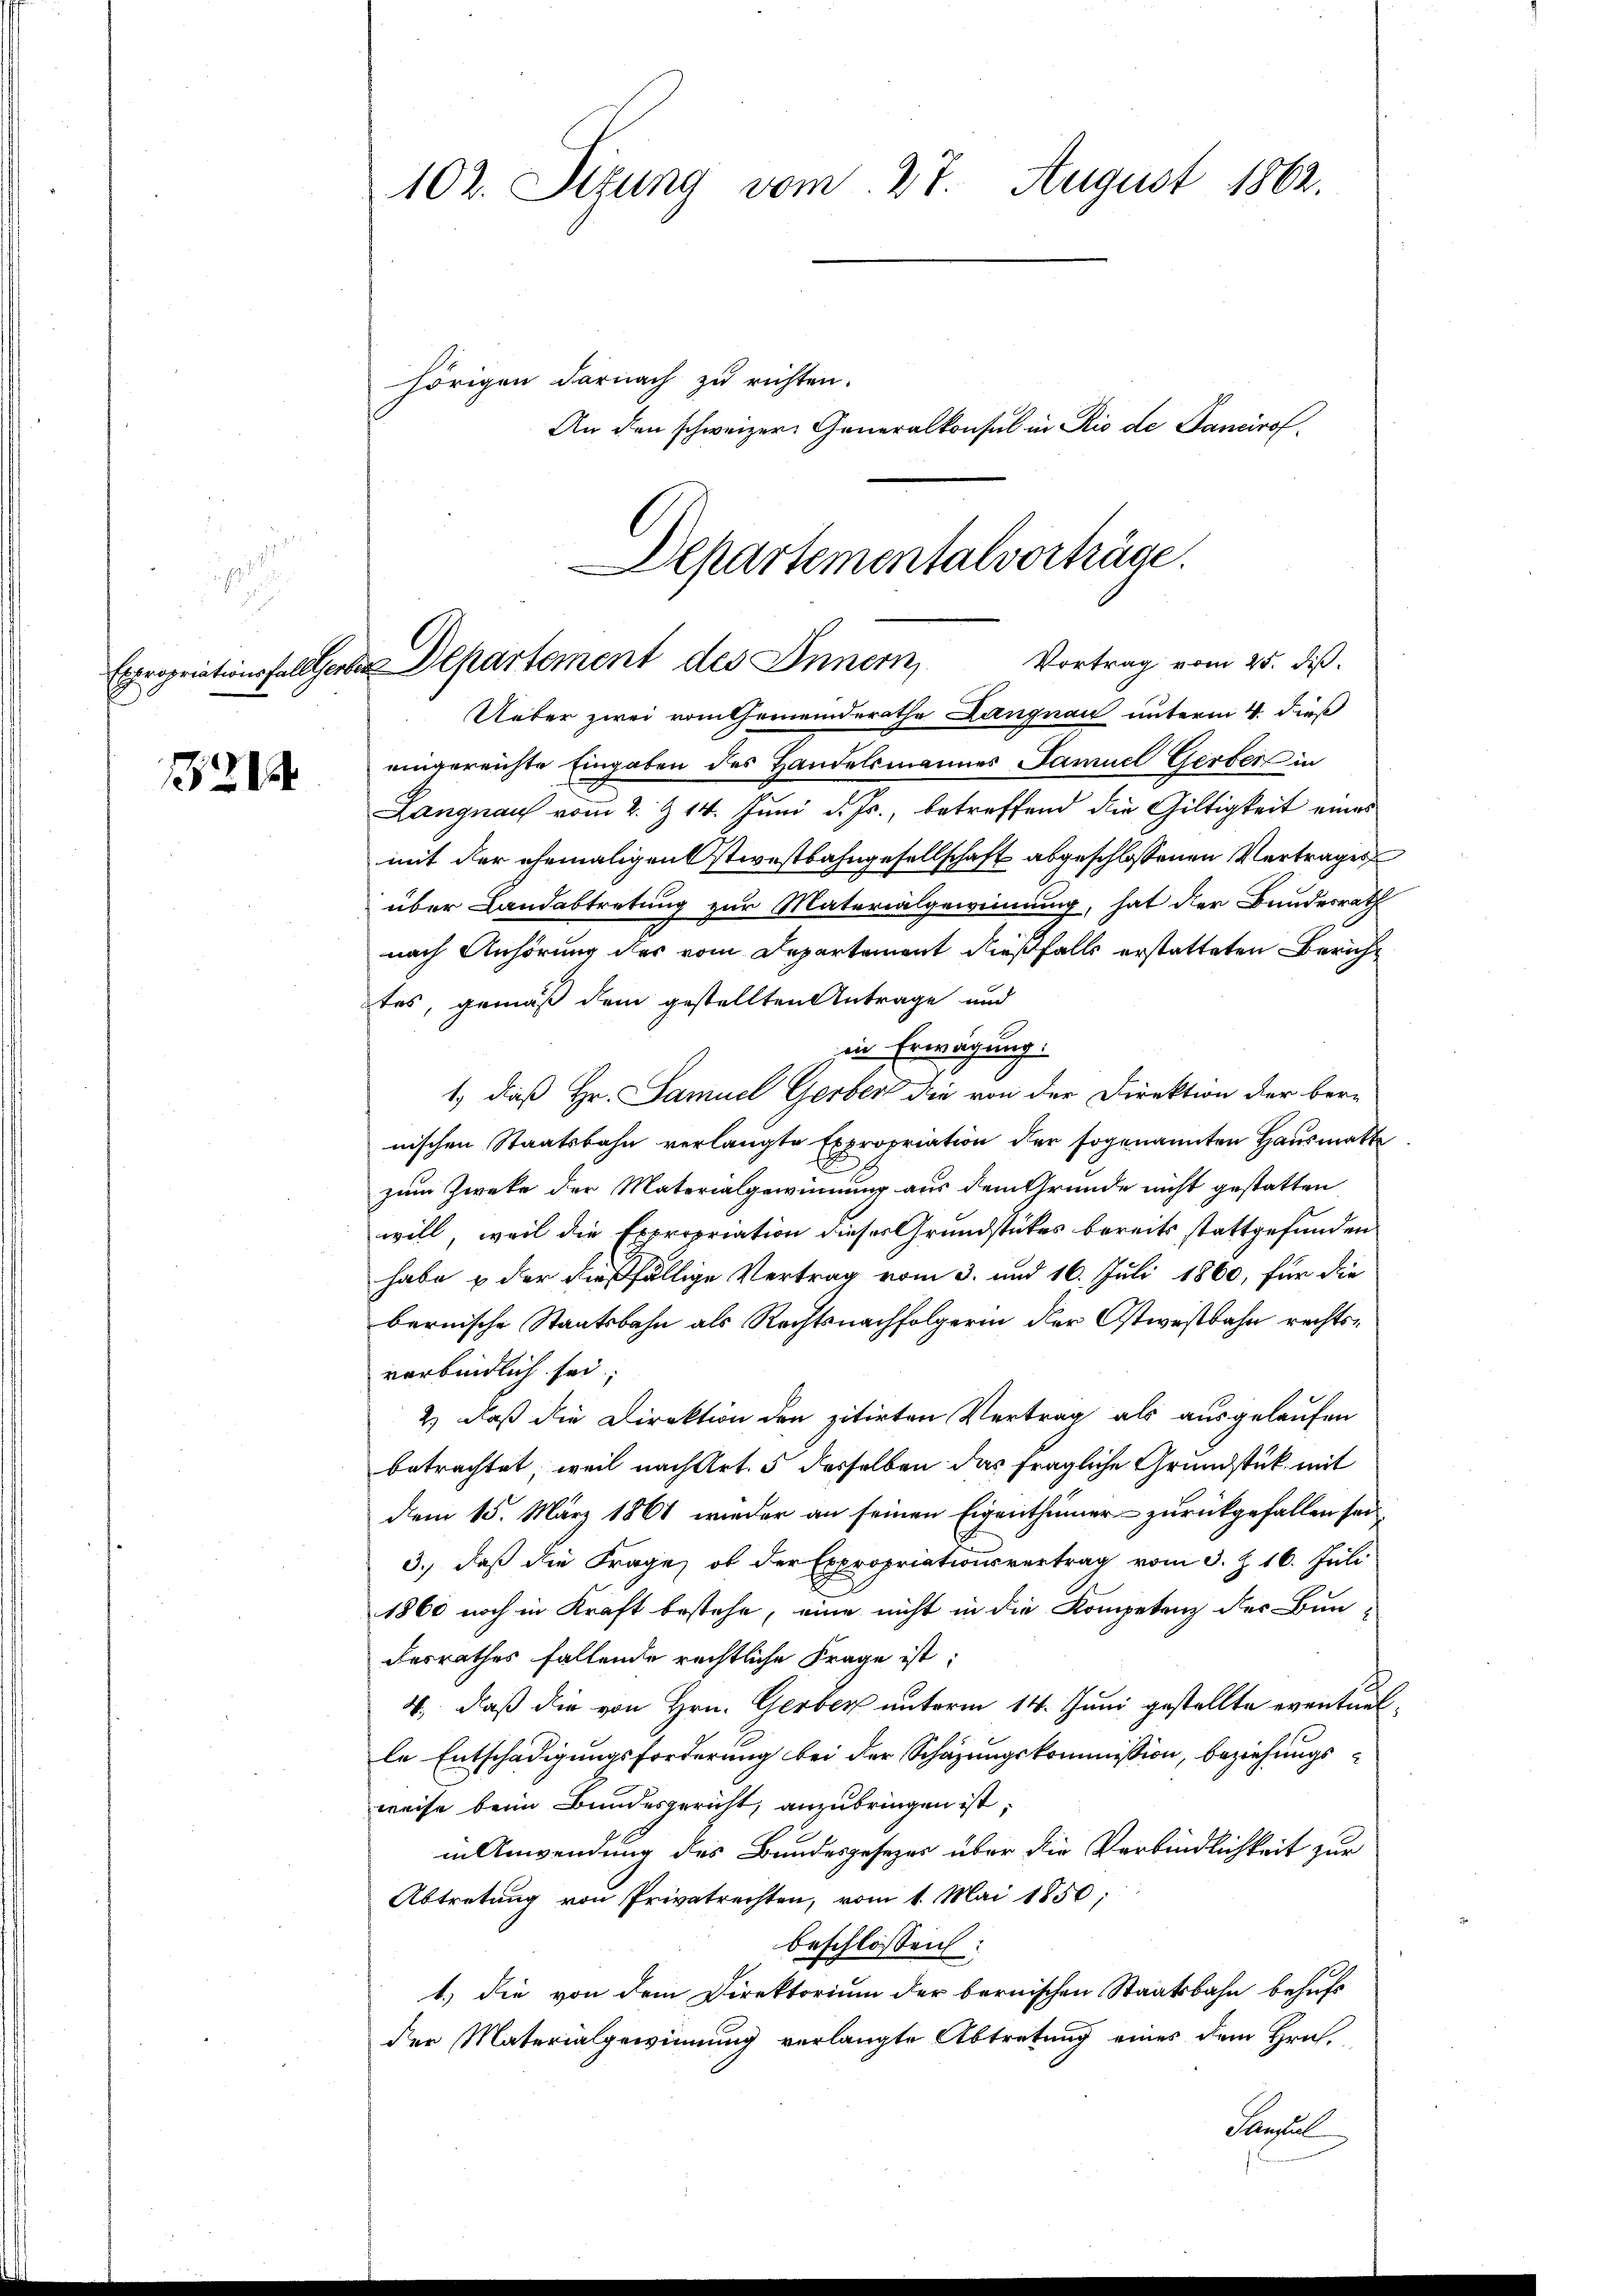
121

102. Situng vom 27. August 1862.

hörigen darnach zu richten.
An den schweizer Generalkonsul in Rio de Sancirof
Departementalverträge.

Vortrag vom 25. diβ.
Expropriationsfallerber Departement des Innern,

Ueber zwei vom Gemeinderathe Langnau unterm 4. dieß
eingereichte Eingaben des Handelsmannes Samuel Gerber in
Langnau vom 2. & 14. Juni d. Js., betreffend die Gültigkeit eines
mit der ehemaligen stiestbahngesellschaft abgeschlossenen Vertrages
über Landabtretung zur Materialgewinnung, hat der Bundesrath
nach Anhörung des vom Departement dießfalls erstatteten Bericht
tes, gemäß dem gestellten Antrage und
in Erwägung:
1.) daß Hr. Samuel Gerber die von der Direktion der bere
nischen Staatsbahn verlangte Expropriation der sogenannten Hausmatte
zum Zweke der Materialgewinnung aus dem Grunde nicht gestatten
will, weil die Expropriation dieses Grundstückes bereits stattgefunden
habe & der dießfällige Vertrag vom 3. und 16. Juli 1860, für die
bernische Staatsbahn als Rechtsnachfolgerin der Ostwestbahn rechtsverbindlich sei.
2) daß die Direktion den zitirten Vertrag als ausgelaufen
betrachtet, weil nach Art. 5 desselben das fragliche Grundstück mit
dem 15. März 1861 wieder an seinen Eigenthümer zurückgefallen sei,
3.) daß die Frage, ob der Expropriationsvertrag vom 3. Z. 16. Juli
1860 noch in Kraft bestehe, eine nicht in die Kompetenz der Bun-
desrathes fallende rechtliche Frage ist:
4., daß die von Hrn. Gerber unterm 14. Juni gestellte eventuelle Entschädigungsforderung bei der Schazungskommission, beziehungsweise beim Bundesgericht, anzubringen ist,
in Anwendung des Bundesgesezes über die Verbindlichkeit zur
Abtretung von Privatrechten, vom 1. Mai 1850;
beschlossen:
1.) Die von dem Direktorium der bernischen Staatsbahn behufs
der Materialgewinnung verlangte Abtretung eines dem Hrn.
Consul